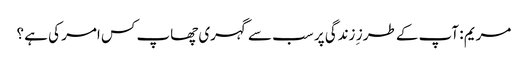
مریم : آپ کے طرز ِ زندگی پر سب سے گہری چھاپ کس امر کی ہے ؟